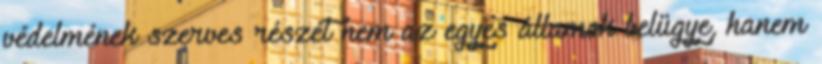
védelmének szerves részét nem az egyes államok belügye, hanem